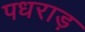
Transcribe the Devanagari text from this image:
पधराड़